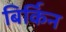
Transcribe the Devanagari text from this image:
बिर्किन